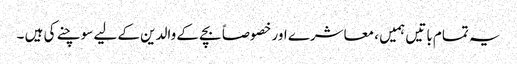
یہ تمام باتیں ہمیں ، معاشرے اور خصوصاً بچے کے والدین کے لیے سوچنے کی ہیں ۔